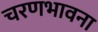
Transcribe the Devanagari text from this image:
चरणभावना